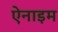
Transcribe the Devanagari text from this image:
ऐनाइम